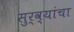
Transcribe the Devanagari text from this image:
सुर्व्यांचा